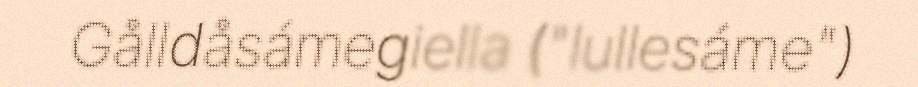
Gålldåsámegiella ("lullesáme")